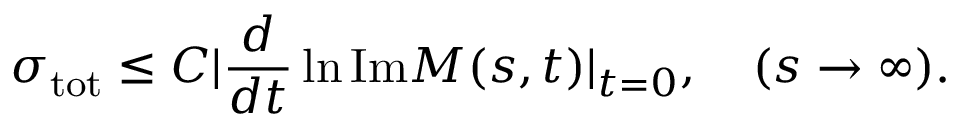
\sigma _ { \mathrm { t o t } } \leq C \vert \frac { d } { d t } \ln \mathrm { I m } M ( s , t ) \vert _ { t = 0 } , \quad ( s \rightarrow \infty ) .